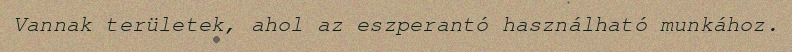
Vannak területek, ahol az eszperantó használható munkához.